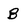
Character: B